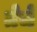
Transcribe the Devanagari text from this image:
तेचे